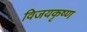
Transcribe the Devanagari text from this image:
विजयकृष्ण